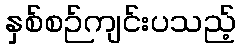
နှစ်စဉ်ကျင်းပသည့်